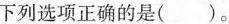
下列选项正确的是（）。